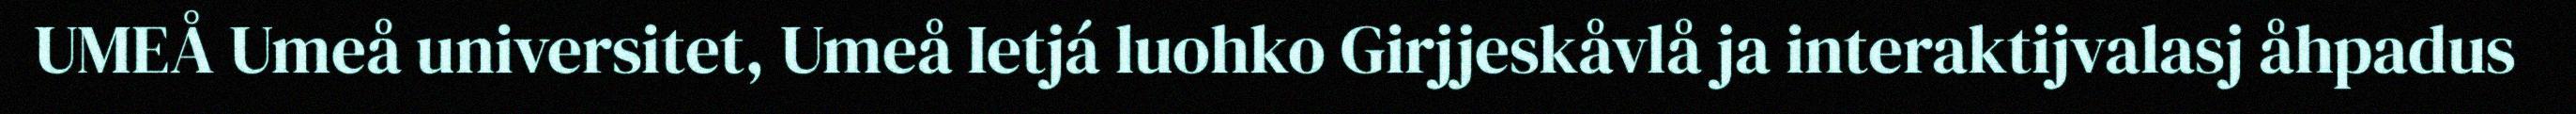
UMEÅ Umeå universitet, Umeå Ietjá luohko Girjjeskåvlå ja interaktijvalasj åhpadus